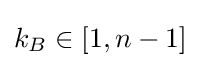
k_{B}\in [1,n-1]